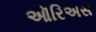
ઑરિઅસ